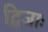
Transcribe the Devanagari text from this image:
द्विजाः